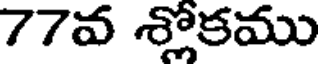
77వ శ్లోకము